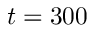
t = 3 0 0